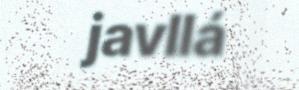
javllá